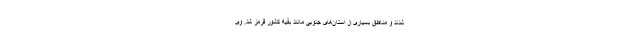
شدند و مناطق بسیاری از استان‌های جنوبی مانند بقیه کشور قرمز شد. وی